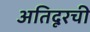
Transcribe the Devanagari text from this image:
अतिदूरची